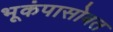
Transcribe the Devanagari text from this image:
भूकंपासोबत